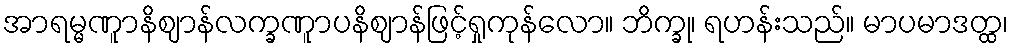
အာရမ္မဏူာနိဈာန်လက္ခဏူာပနိဈာန်ဖြင့်ရှုကုန်လော။ ဘိက္ခု၊ ရဟန်းသည်။ မာပမာဒတ္ထ၊